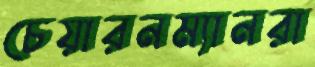
চেয়ারনম্যানরা